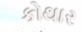
કોથાર